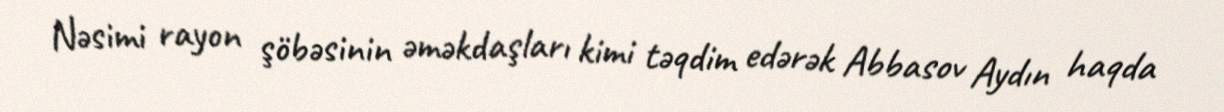
Nəsimi rayon şöbəsinin əməkdaşları kimi təqdim edərək Abbasov Aydın haqda